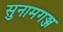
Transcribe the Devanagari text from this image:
सुनामगञ्ज